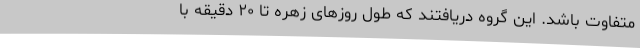
متفاوت باشد. این گروه دریافتند که طول روزهای زهره تا ۲۰ دقیقه با